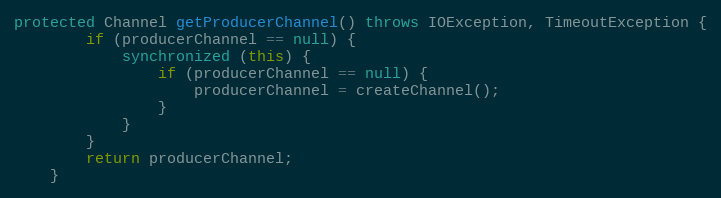
Language: Java
protected Channel getProducerChannel() throws IOException, TimeoutException {
        if (producerChannel == null) {
            synchronized (this) {
                if (producerChannel == null) {
                    producerChannel = createChannel();
                }
            }
        }
        return producerChannel;
    }